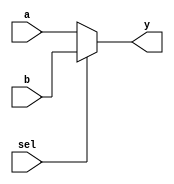
`timescale 1ns / 1ps
//////////////////////////////////////////////////////////////////////////////////
// Company: 
// Engineer: 
// 
// Design Name: 
// Module Name: mux8_mux2
// Project Name: 
// Target Devices: 
// Tool Versions: 
// Description: 
// 
// Dependencies: 
// 
// Revision:
// Revision 0.01 - File Created
// Additional Comments:
// 
//////////////////////////////////////////////////////////////////////////////////
module mux2_mux1(input a,b,sel,output y);

assign y=(sel==1'b0)?a:b;
endmodule
//////////////////////////2x1mux...............................

module mux8_mux2(
    input [7:0] i,
    input [2:0] sel,
    output y
    );
    
    wire t1,t2,t3,t4,t5,t6;
    mux2_mux1 mux1(i[0],i[1],sel[0],t1);
    mux2_mux1 mux2(i[2],i[3],sel[0],t2);
    mux2_mux1 mux3(i[4],i[5],sel[0],t3);
    mux2_mux1 mux4(i[6],i[7],sel[0],t4);
    mux2_mux1 mux5(t1,t2,sel[1],t5);
    mux2_mux1 mux6(t3,t4,sel[1],t6);
    mux2_mux1 mux7(t5,t6,sel[2],y); 
    
endmodule